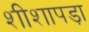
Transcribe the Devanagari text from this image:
शीशापड़ा